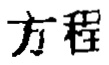
方程